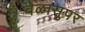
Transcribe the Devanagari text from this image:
वेळासुपर